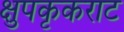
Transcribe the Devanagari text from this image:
क्षुपकृकराट